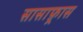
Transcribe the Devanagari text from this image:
सासाफ़्रास